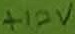
Text: +12V